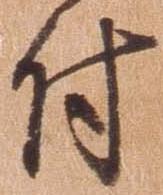
付